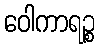
ဝေါကာရဉ္စ